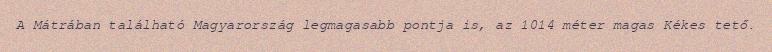
A Mátrában található Magyarország legmagasabb pontja is, az 1014 méter magas Kékes tető.